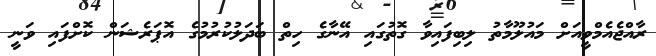
ރާއްޖެއެމްވީއަށް މައުލޫމާތު ލިބިފައިވާ ގޮތުގައި އޭނާގެ ހިތް ބަދަލުކުރުމުގެ އޮޕަރެޝަން ކޮށްފައި ވަނީ